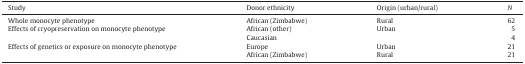
<table><thead><tr><td><b>Study</b></td><td><b>Donor ethnicity</b></td><td><b>Origin (urban/rural)</b></td><td><b><i>N</i></b></td></tr></thead><tbody><tr><td>Whole monocyte phenotype</td><td>African (Zimbabwe)</td><td>Rural</td><td>62</td></tr><tr><td>Effects of cryopreservation on monocyte phenotype</td><td>African (other)</td><td>Urban</td><td>5</td></tr><tr><td></td><td>Caucasian</td><td></td><td>4</td></tr><tr><td>Effects of genetics or exposure on monocyte phenotype</td><td>Europe</td><td>Urban</td><td>21</td></tr><tr><td></td><td>African (Zimbabwe)</td><td>Rural</td><td>21</td></tr></tbody></table>